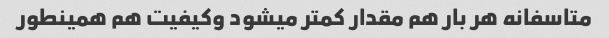
متاسفانه هر بار هم مقدار کمتر میشود وکیفیت هم همینطور